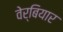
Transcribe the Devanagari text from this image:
वेर्बियार